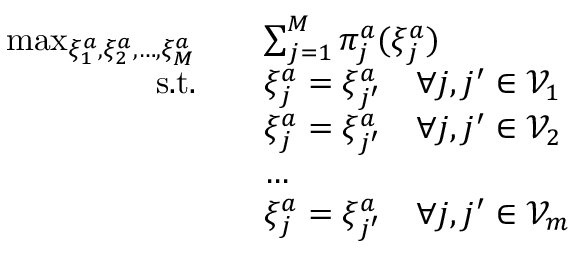
\begin{array} { r l } { \operatorname* { m a x } _ { \xi _ { 1 } ^ { a } , \xi _ { 2 } ^ { a } , \dots , \xi _ { M } ^ { a } } \quad } & { \sum _ { j = 1 } ^ { M } \pi _ { j } ^ { a } ( \xi _ { j } ^ { a } ) } \\ { \mathrm { s . t . } \quad } & { \xi _ { j } ^ { a } = \xi _ { j ^ { \prime } } ^ { a } \quad \forall j , j ^ { \prime } \in \mathcal { V } _ { 1 } } \\ & { \xi _ { j } ^ { a } = \xi _ { j ^ { \prime } } ^ { a } \quad \forall j , j ^ { \prime } \in \mathcal { V } _ { 2 } } \\ & { \dots } \\ & { \xi _ { j } ^ { a } = \xi _ { j ^ { \prime } } ^ { a } \quad \forall j , j ^ { \prime } \in \mathcal { V } _ { m } } \end{array}